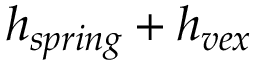
h _ { s p r i n g } + h _ { v e x }